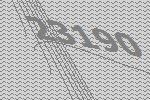
23190